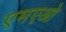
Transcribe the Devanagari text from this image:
एमएओ